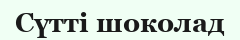
Сүтті шоколад